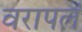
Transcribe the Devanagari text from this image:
वरापलं